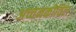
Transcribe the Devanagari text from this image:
अच्चनकोविल